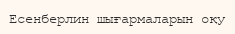
Есенберлин шығармаларын оқу